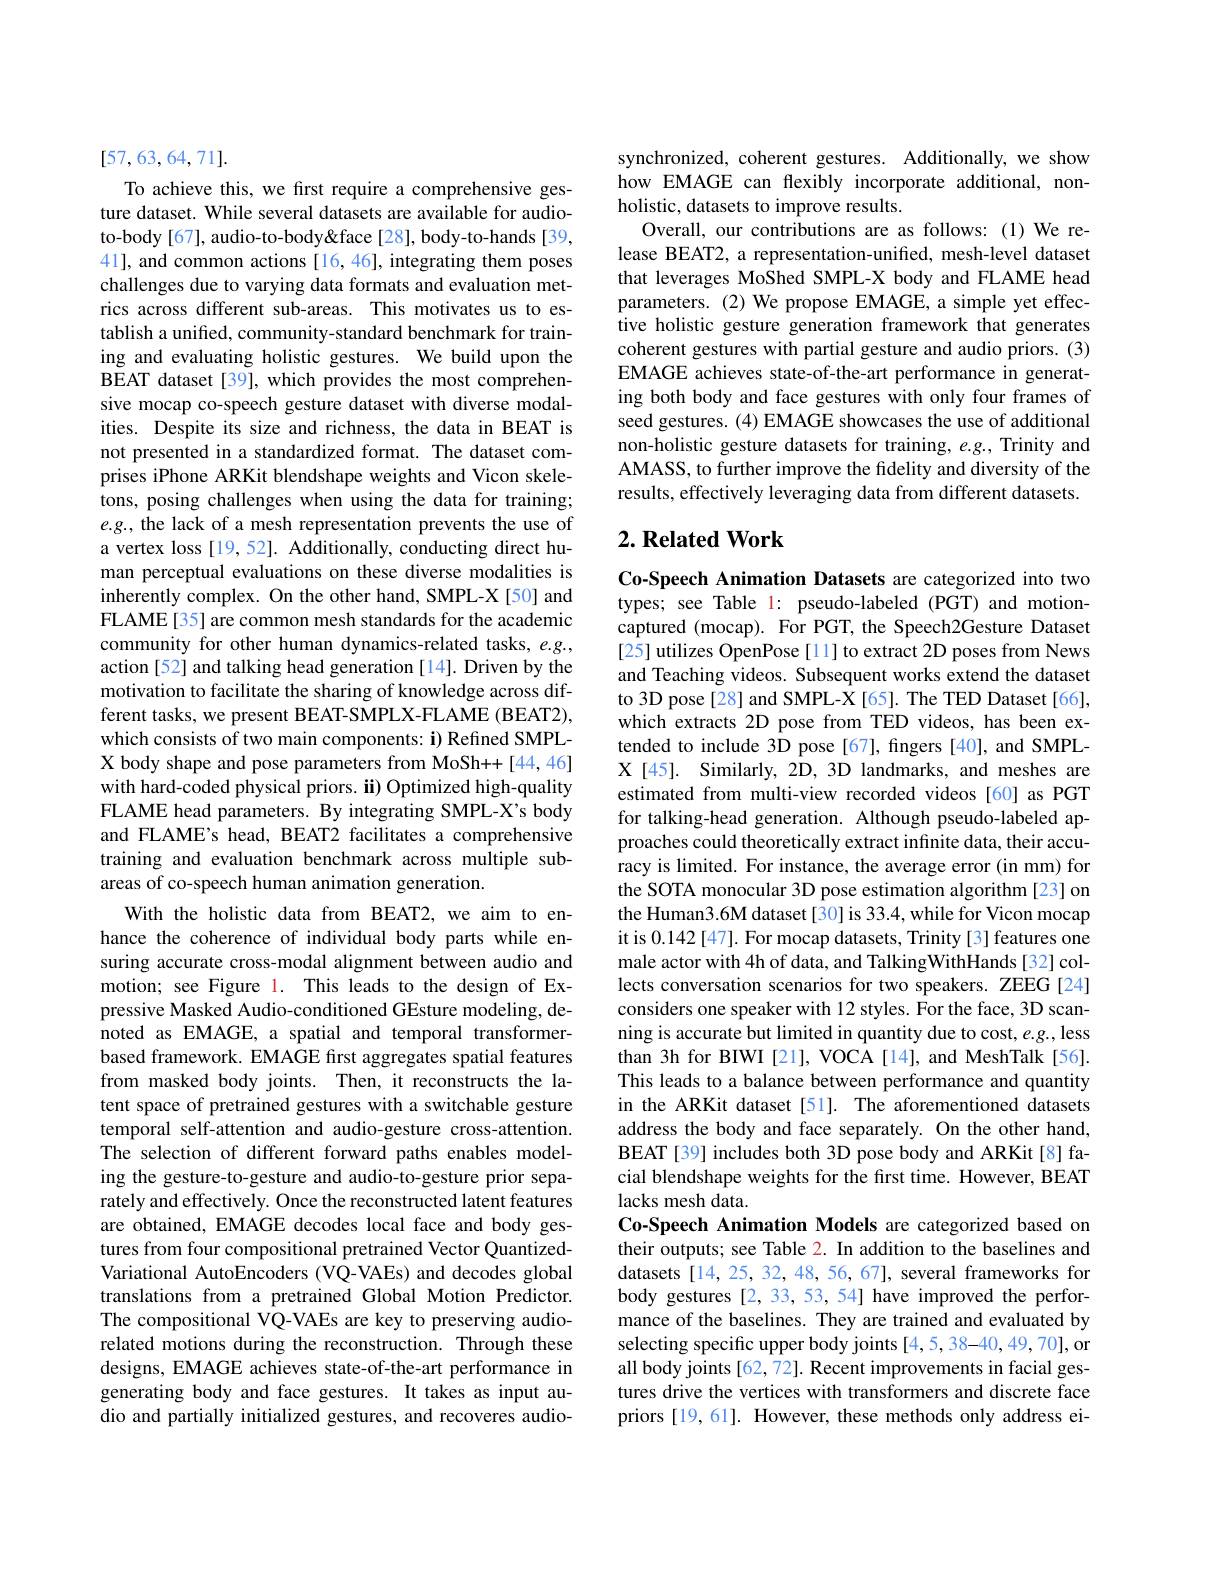
[57,63,64,71].

To achieve this, we first require a comprehensive gesture dataset. While several datasets are available for audioto-body[67], audio-to-body&face[28], body-to-hands[39, 41], and common actions [16,46], integrating them poses challenges due to varying data formats and evaluation metrics across different sub-areas. This motivates us to establish a unified, community-standard benchmark for training and evaluating holistic gestures. We build upon the BEAT dataset[39], which provides the most comprehensive mocap co-speech gesture dataset with diverse modalities. Despite its size and richness, the data in BEAT is not presented in a standardized format. The dataset comprises iPhone ARKit blendshape weights and Vicon skeletons, posing challenges when using the data for training; $e.g.$, the lack of a mesh representation prevents the use of a vertex loss [19, 52]. Additionally, conducting direct human perceptual evaluations on these diverse modalities is inherently complex. On the other hand, SMPL-X [50] and FLAME[35] are common mesh standards for the academic community for other human dynamics-related tasks, $e.g.$, action [52] and talking head generation [14]. Driven by the motivation to facilitate the sharing of knowledge across different tasks, we present BEAT-SMPLX-FLAME (BEAT2), which consists of two main components: i) Refined SMPLX body shape and pose parameters from MoSh++[44,46] with hard-coded physical priors. ii) Optimized high-quality FLAME head parameters. By integrating SMPL-X's body and FLAME's head, BEAT2 facilitates a comprehensive training and evaluation benchmark across multiple subareas of co-speech human animation generation.
With the holistic data from BEAT2, we aim to enhance the coherence of individual body parts while ensuring accurate cross-modal alignment between audio and motion; see Figure 1. This leads to the design of Expressive Masked Audio-conditioned GEsture modeling, denoted as EMAGE, a spatial and temporal transformerbased framework. EMAGE first aggregates spatial features from masked body joints. Then, it reconstructs the latent space of pretrained gestures with a switchable gesture temporal self-attention and audio-gesture cross-attention. The selection of different forward paths enables modeling the gesture-to-gesture and audio-to-gesture prior separately and effectively. Once the reconstructed latent features are obtained, EMAGE decodes local face and body gestures from four compositional pretrained Vector QuantizedVariational AutoEncoders (VQ-VAEs) and decodes global translations from a pretrained Global Motion Predictor. The compositional VQ-VAEs are key to preserving audiorelated motions during the reconstruction. Through these designs, EMAGE achieves state-of-the-art performance in generating body and face gestures. It takes as input audio and partially initialized gestures, and recoveres audio-

synchronized, coherent gestures. Additionally, we show how EMAGE can flexibly incorporate additional, nonholistic, datasets to improve results.
Overall, our contributions are as follows: (1) We release BEAT2, a representation-unified, mesh-level dataset that leverages MoShed SMPL-X body and FLAME head parameters. (2) We propose EMAGE, a simple yet effective holistic gesture generation framework that generates coherent gestures with partial gesture and audio priors. (3) EMAGE achieves state-of-the-art performance in generating both body and face gestures with only four frames of seed gestures. (4) EMAGE showcases the use of additional non-holistic gesture datasets for training, $e.g.$, Trinity and AMASS, to further improve the fidelity and diversity of the results, effectively leveraging data from different datasets.

## $2. \textbf{Related Work}$

Co-Speech Animation Datasets are categorized into two types; see Table 1: pseudo-labeled (PGT) and motioncaptured (mocap). For PGT, the Speech2Gesture Dataset [25] utilizes OpenPose [11] to extract 2D poses from News and Teaching videos. Subsequent works extend the dataset to 3D pose[28] and SMPL-X[65]. The TED Dataset[66], which extracts 2D pose from TED videos, has been extended to include 3D pose [67], fingers [40], and SMPLX[45]. Similarly, 2D, 3D landmarks, and meshes are estimated from multi-view recorded videos [60] as PGT for talking-head generation. Although pseudo-labeled approaches could theoretically extract infinite data, their accuracy is limited. For instance, the average error (in mm) for the SOTA monocular 3D pose estimation algorithm [23] on the Human3.6M dataset [30] is 33.4, while for Vicon mocap it is 0.142 [47]. For mocap datasets, Trinity [3] features one male actor with 4h of data, and TalkingWithHands [32] collects conversation scenarios for two speakers. ZEEG [24] considers one speaker with 12 styles. For the face, 3D scanning is accurate but limited in quantity due to cost, e.g., less than 3h for BIWI [21], VOCA [14], and MeshTalk [56]. This leads to a balance between performance and quantity in the ARKit dataset [51]. The aforementioned datasets address the body and face separately. On the other hand, BEAT [39] includes both 3D pose body and ARKit [8] facial blendshape weights for the first time. However, BEAT lacks mesh data.
Co-Speech Animation Models are categorized based on their outputs; see Table 2. In addition to the baselines and datasets [14, 25, 32, 48, 56, 67], several frameworks for body gestures [2,33,53,54] have improved the performance of the baselines. They are trained and evaluated by selecting specific upper body joints [4,5, 38-40,49,70], or all body joints [62, 72]. Recent improvements in facial gestures drive the vertices with transformers and discrete face priors [19,61]. However, these methods only address ei-